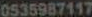
0535987117